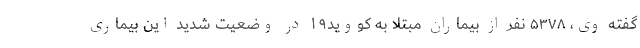
گفته وی، ۵۳۷۸ نفر از بیماران مبتلا به کووید۱۹ در وضعیت شدید این بیماری